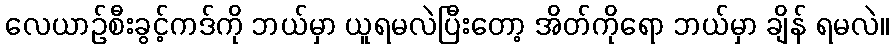
လေယာဉ်စီးခွင့်ကဒ်ကို ဘယ်မှာ ယူရမလဲပြီးတော့ အိတ်ကိုရော ဘယ်မှာ ချိန် ရမလဲ။